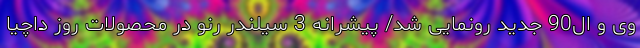
وی و ال90 جدید رونمایی شد/ پیشرانه 3 سیلندر رنو در محصولات روز داچیا